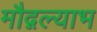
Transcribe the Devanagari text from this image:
मौद्गल्याभ